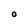
Character: O